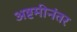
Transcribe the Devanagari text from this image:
अष्टमीनंतर